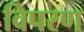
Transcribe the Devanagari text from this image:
विपरण